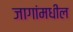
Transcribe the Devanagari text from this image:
जागांमधील